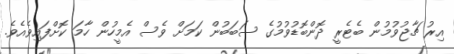
އިރު ޗާޖުވުމުން ބެޓެރީ ދޮންބޮޑުވުމުގެ ސަބަބުން ކަމަށް ވެސް އެމީހުން ހާމަ ކޮށްފައިވެއެވެ.